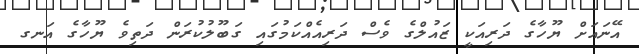
އޭނައަށް ޔޫހާގެ ދަރިއަކީ ޒައުލްގެ ވެސް ދަރިއެއްކަމުގައި ގަބޫލުކުރަން ދަތިވެ ޔޫހާގެ އަނގ